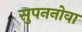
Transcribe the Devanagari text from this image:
सुपननोवा